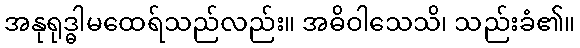
အနုရုဒ္ဓါမထေရ်သည်လည်း။ အဓိဝါသေသိ၊ သည်းခံ၏။